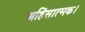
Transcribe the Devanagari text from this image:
अहिंसात्मक।